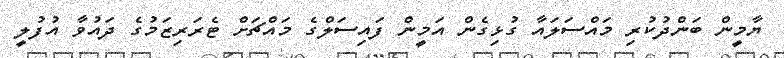
ޔާމީން ބަންދުކުރި މައްސަލައާ ގުޅިގެން އަމީން ފައިސަލްގެ މައްޗަށް ޓެރަރިޒަމުގެ ދައުވާ އުފުލީ